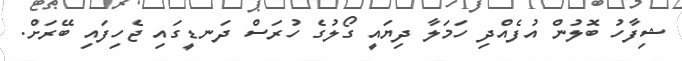
ޝިފާހު ބޮލުން އުފެއްދި ހަމަލާ ދިޔައީ ގޯލުގެ ހުރަސް ދަނޑީގައި ޖެހިފައި ބޭރަށް.